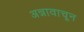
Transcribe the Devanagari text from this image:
अन्नावाचून